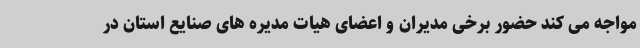
مواجه می کند حضور برخی مدیران و اعضای هیات مدیره های صنایع استان در